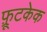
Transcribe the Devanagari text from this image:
फ़्रूटकेक